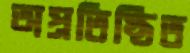
অপ্রতিষ্ঠিত